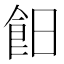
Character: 𩚣